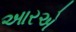
આરએ